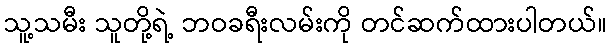
သူ့သမီး သူတို့ရဲ့ ဘဝခရီးလမ်းကို တင်ဆက်ထားပါတယ်။